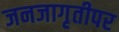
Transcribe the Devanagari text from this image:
जनजागृतीपर